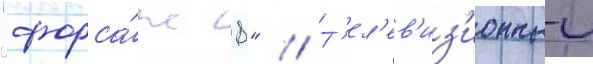
"форса́ж 8" // Т'ел'ев'из'ионныи